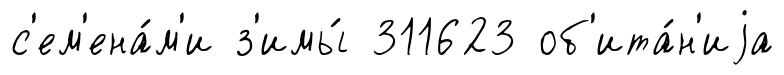
с'ем'ена́м'и з'имы́ 311623 об'ита́н'иjа